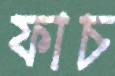
ফাচ